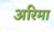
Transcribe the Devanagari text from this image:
अरिमा